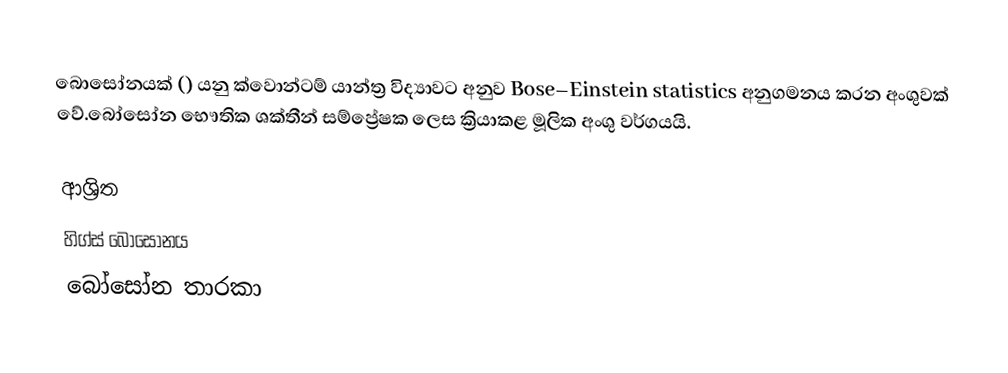
බොසෝනයක් () යනු ක්වොන්ටම් යාන්ත්‍ර විද්‍යාවට අනුව Bose–Einstein statistics අනුගමනය කරන අංශුවක් වේ.බෝසෝන භෞතික ශක්තීන් සම්ප්‍රේෂක ලෙස ක්‍රියාකළ මූලික අංශු වර්ගයයි.

ආශ්‍රිත
 හිග්ස් බොසෝනය
 බෝසෝන තාරකා